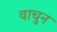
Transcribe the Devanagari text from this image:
वाचुन